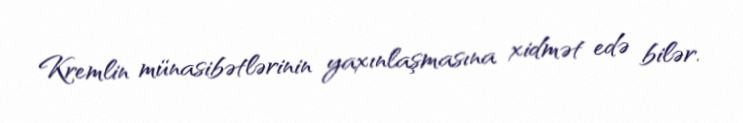
Kremlin münasibətlərinin yaxınlaşmasına xidmət edə bilər.